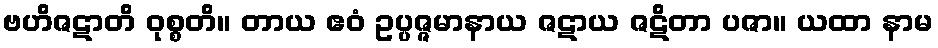
ဗဟိဇဋာတိ ဝုစ္စတိ။ တာယ ဧဝံ ဥပ္ပဇ္ဇမာနာယ ဇဋာယ ဇဋိတာ ပဇာ။ ယထာ နာမ